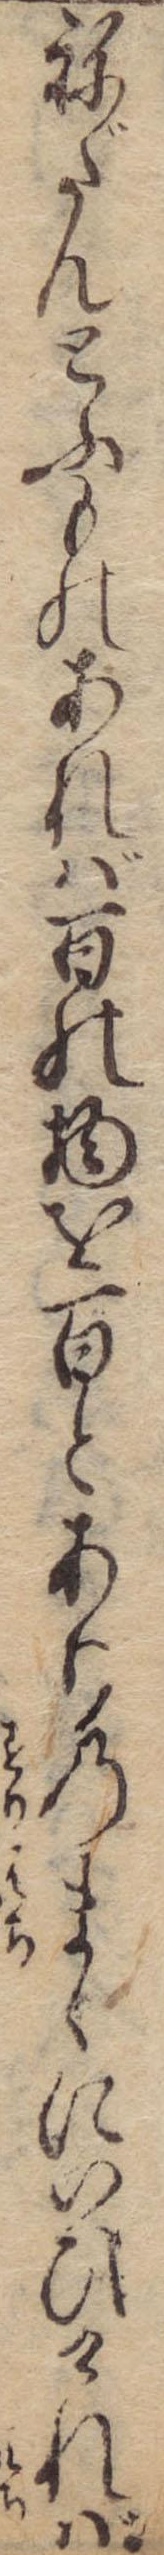
ねだんとふものあれば百の物を百とありのまゝにいひければ